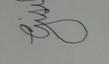
Signature authenticity: forged